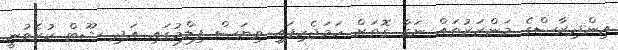
އިންދިރާސްގެ މަންޒަރުތައް ނަގާ ގޮތަށް ހަމަޖެހިފައި ވިޔަސް ފިލްމުގައި އަދި ޝޫޓް ކުރެވުނީ